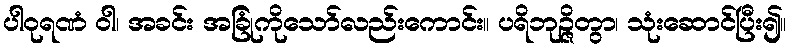
ပါဝုရဏံ ဝါ၊ အခင်း အခြုံကိုသော်လည်းကောင်း။ ပရိဘုဉ္ဇိတွာ၊ သုံးဆောင်ပြီး၍။